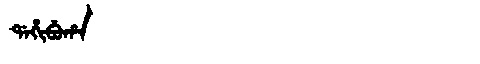
Manchu: ᡩᠠᡥᡳᠪᡠᡥᠠ
Romanization: DAHIBUHA